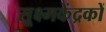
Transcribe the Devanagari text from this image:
सूक्ष्मकेंद्रकों